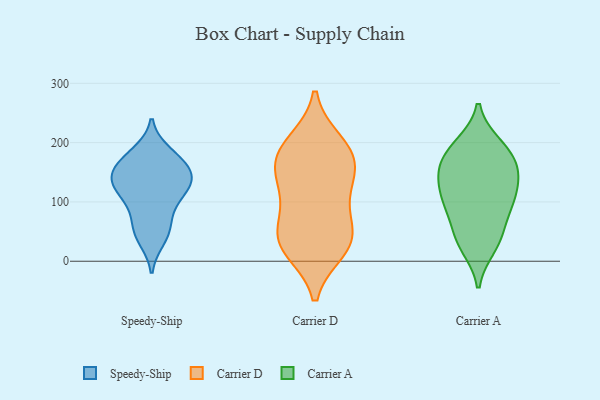
{"axis": {"x": "Production Output", "y": "Value"}, "legend": ["Carrier A", "Carrier D", "Speedy-Ship"], "data": [{"x": "", "y": 75, "type": "Speedy-Ship"}, {"x": "", "y": 119, "type": "Speedy-Ship"}, {"x": "", "y": 46, "type": "Speedy-Ship"}, {"x": "", "y": 57, "type": "Speedy-Ship"}, {"x": "", "y": 134, "type": "Speedy-Ship"}, {"x": "", "y": 179, "type": "Speedy-Ship"}, {"x": "", "y": 161, "type": "Speedy-Ship"}, {"x": "", "y": 152, "type": "Speedy-Ship"}, {"x": "", "y": 183, "type": "Speedy-Ship"}, {"x": "", "y": 164, "type": "Speedy-Ship"}, {"x": "", "y": 113, "type": "Speedy-Ship"}, {"x": "", "y": 130, "type": "Speedy-Ship"}, {"x": "", "y": 101, "type": "Speedy-Ship"}, {"x": "", "y": 37, "type": "Speedy-Ship"}, {"x": "", "y": 134, "type": "Speedy-Ship"}, {"x": "", "y": 146, "type": "Speedy-Ship"}, {"x": "", "y": 109, "type": "Carrier D"}, {"x": "", "y": 25, "type": "Carrier D"}, {"x": "", "y": 95, "type": "Carrier D"}, {"x": "", "y": 200, "type": "Carrier D"}, {"x": "", "y": 44, "type": "Carrier D"}, {"x": "", "y": 39, "type": "Carrier D"}, {"x": "", "y": 188, "type": "Carrier D"}, {"x": "", "y": 163, "type": "Carrier D"}, {"x": "", "y": 154, "type": "Carrier D"}, {"x": "", "y": 20, "type": "Carrier D"}, {"x": "", "y": 185, "type": "Carrier D"}, {"x": "", "y": 142, "type": "Carrier D"}, {"x": "", "y": 41, "type": "Carrier D"}, {"x": "", "y": 44, "type": "Carrier A"}, {"x": "", "y": 98, "type": "Carrier A"}, {"x": "", "y": 24, "type": "Carrier A"}, {"x": "", "y": 93, "type": "Carrier A"}, {"x": "", "y": 146, "type": "Carrier A"}, {"x": "", "y": 111, "type": "Carrier A"}, {"x": "", "y": 157, "type": "Carrier A"}, {"x": "", "y": 96, "type": "Carrier A"}, {"x": "", "y": 174, "type": "Carrier A"}, {"x": "", "y": 115, "type": "Carrier A"}, {"x": "", "y": 197, "type": "Carrier A"}, {"x": "", "y": 181, "type": "Carrier A"}, {"x": "", "y": 28, "type": "Carrier A"}, {"x": "", "y": 55, "type": "Carrier A"}, {"x": "", "y": 197, "type": "Carrier A"}, {"x": "", "y": 149, "type": "Carrier A"}, {"x": "", "y": 147, "type": "Carrier A"}]}